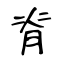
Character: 脊